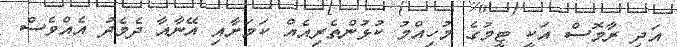
އަދި ރާމޮސް އަކީ ޓީމުގެ މުހިއްމު ކުޅުންތެރިއެއް ކަމަށާއި އޭނާއާ ދެމެދު އެއްވެސް